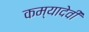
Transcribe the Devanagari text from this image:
कम्यादेवी